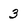
Character: 3